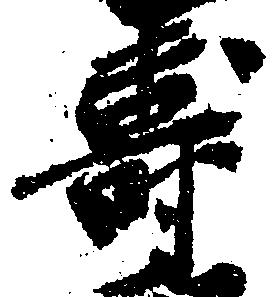
寿